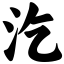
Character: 汔